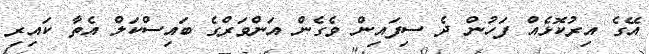
އޭގެ އިރުކޮޅެއް ފަހުން ދެ ސިފައިން ވެގެން އަންވަރްގެ ބައިސްކަލް އެތާ ކައިރި